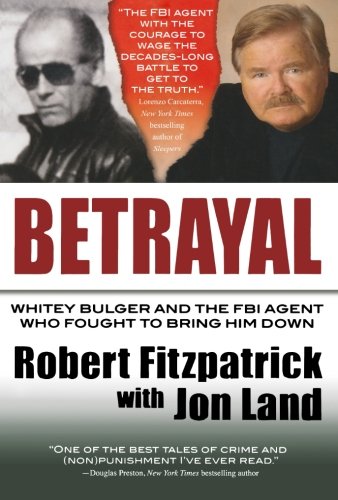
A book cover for Betrayal: Whitey Bulger and the FBI Agent Who Fought to Bring Him Down; Robert Fitzpatrick; Biographies & Memoirs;